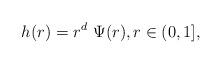
LaTeX: \begin{align*}h(r)=r^d\ \Psi(r),r\in (0,1],\end{align*}